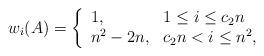
LaTeX: \begin{align*} w_i(A) = \left\{ \begin{array}{ll} 1, & 1 \le i \le c_2n \\ n^2 - 2n, & c_2n < i \le n^2 , \end{array} \right. \end{align*}